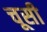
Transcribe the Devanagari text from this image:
चूसी